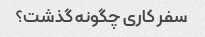
سفر کاری چگونه گذشت؟